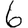
Digit: 6